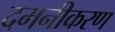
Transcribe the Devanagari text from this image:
दमनीकरण